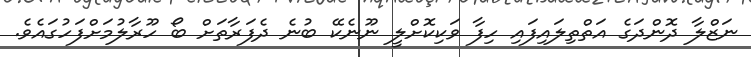
ނަޒްލާ ދޮންދަގެ އަތްތިލައިފައި ހިފާ ވަކިކޮށްލީ ނޫނެކޭ ބުނެ ދެފަރާތަށް ބޯ ހޫރާލުމަށްފަހުގައެވެ.